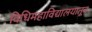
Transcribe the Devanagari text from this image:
विधिमहाविद्यालयातून